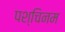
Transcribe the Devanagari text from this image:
पश्चिनम